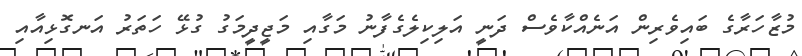
މުޒާހަރާގެ ބައިވެރިން އަނެއްކާވެސް ދަނީ އަލިކިލެގެފާނު މަގާއި މަޖީދީމަގު ގުޅޭ ހަތަރު އަނގޮޅިއާއި